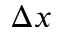
\Delta x